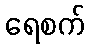
ရေစက်